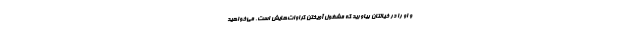
و او را در خیالتان بیاورید که مشغول آویختن کراوات‌هایش است. می‌خواهید